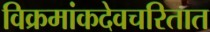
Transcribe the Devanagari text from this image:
विक्रमांकदेवचरितात